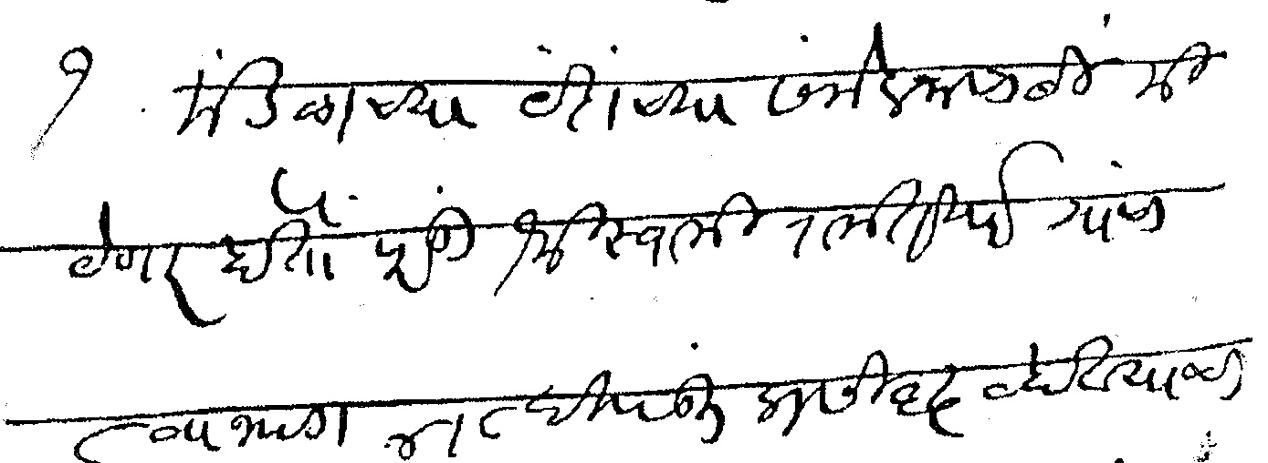
Transliteration (Devanagari): १ मंडळाच्या यंदाच्या संमेलनासाठी मी येणार होतो परंतु श्री स्वामी रामतीर्थ यांचा ८ वा भाग ४ ८ दिवसात प्रसिद्ध व्हावयाचा